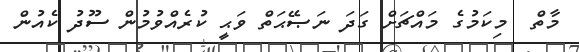
މާތް  މިކަމުގެ މައްޗަށް ގަދަ ނަޞޭޙަތް ވަޙީ ކުރެއްވުމުން ސޫދު ކެއުން